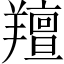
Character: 羶